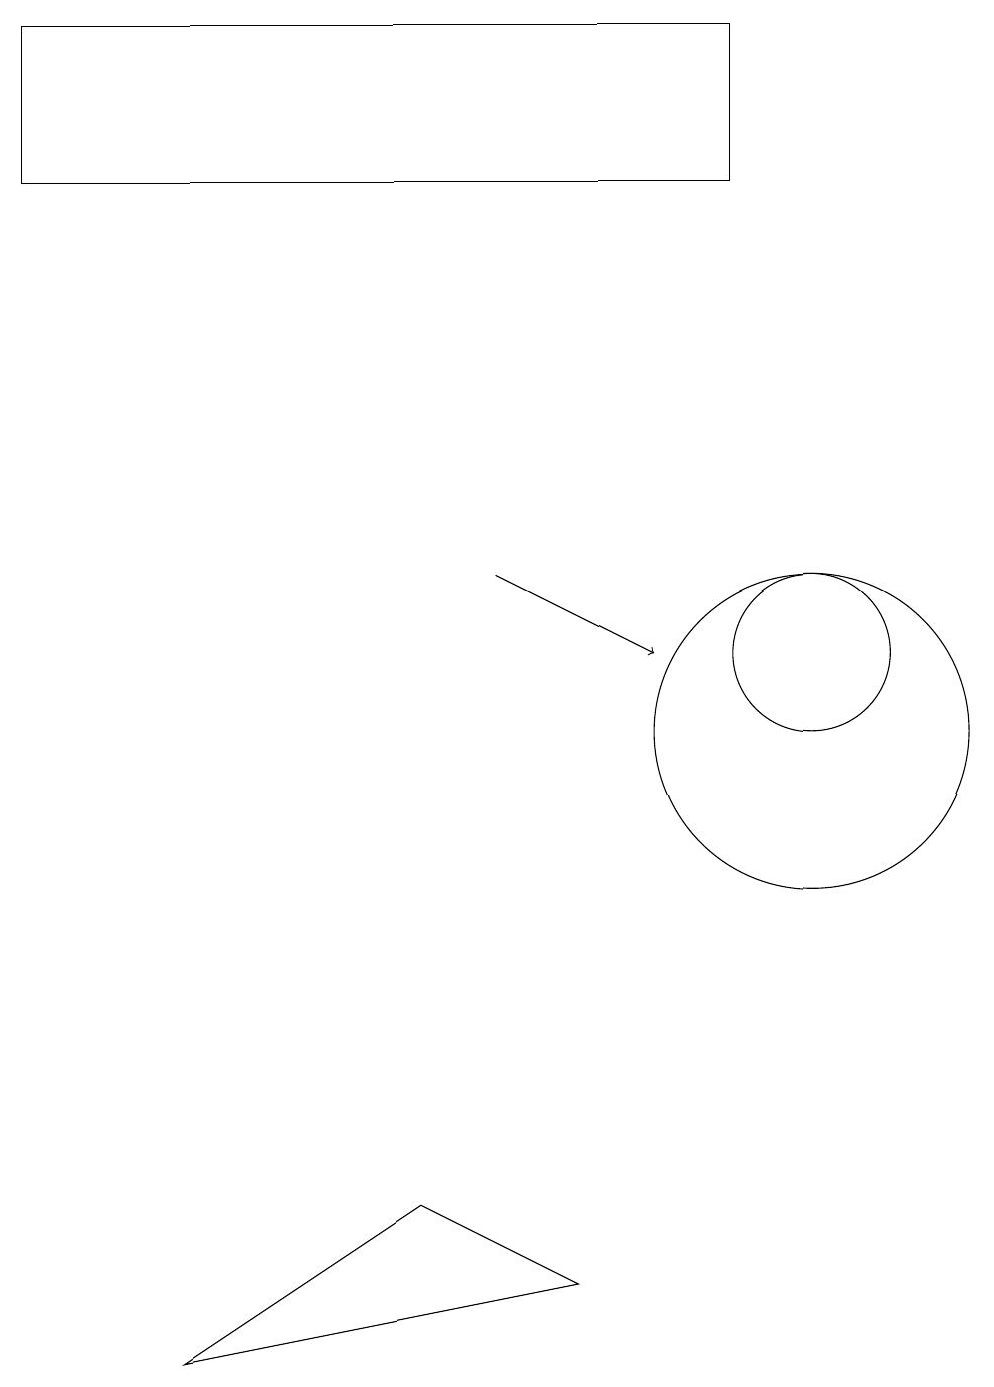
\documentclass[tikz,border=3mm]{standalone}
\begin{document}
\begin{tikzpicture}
\draw (10,10) circle (2);
\draw (10,11) circle (1);
\draw (7,3) -- (2,2) -- (5,4) -- cycle;
\draw (9,19) rectangle (0,17);
\draw[->] (6,12) -- (8,11);
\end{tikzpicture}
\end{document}